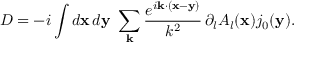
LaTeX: D = - i \int { } d { \bf x } \, d { \bf y } \ \sum _ { \bf k } \frac { e ^ { i { \bf k \cdot ( x - y ) } } } { k ^ { 2 } } \, \partial _ { l } A _ { l } ( { \bf x } ) j _ { 0 } ( { \bf y } ) .